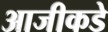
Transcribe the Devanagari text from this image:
आजीकडे